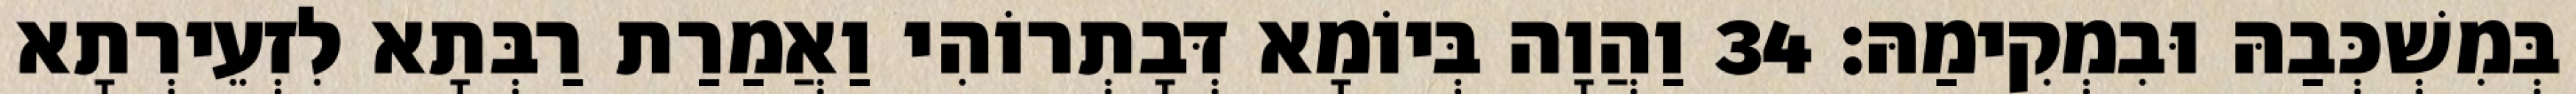
בְּמִשְׁכְּבַהּ וּבִמְקִימַהּ׃ 34 וַהֲוָה בְּיוֹמָא דְּבָתְרוֹהִי וַאֲמַרַת רַבְּתָא לִזְעֵירְתָא